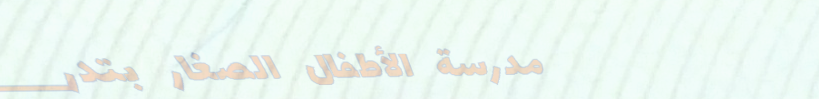
مدرسة الأطفال الصغار بتدر